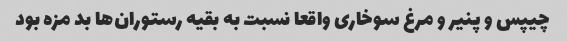
چیپس و پنیر و مرغ سوخاری واقعا نسبت به بقیه رستوران‌ها بد مزه بود